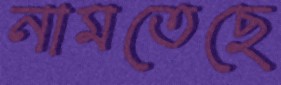
নামতেছে